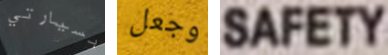
بسيارتي وجعل SAFETY